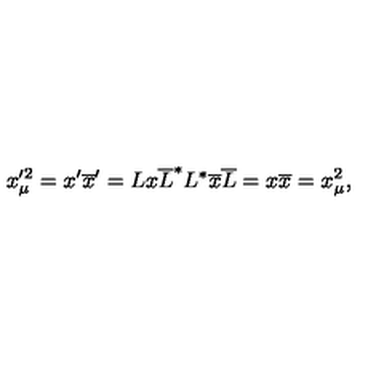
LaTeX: x _ { \mu } ^ { \prime 2 } = x ^ { \prime } \overline { { x } } ^ { \prime } = L x \overline { { L } } ^ { * } L ^ { * } \overline { { x } } \overline { { L } } = x \overline { { x } } = x _ { \mu } ^ { 2 } ,